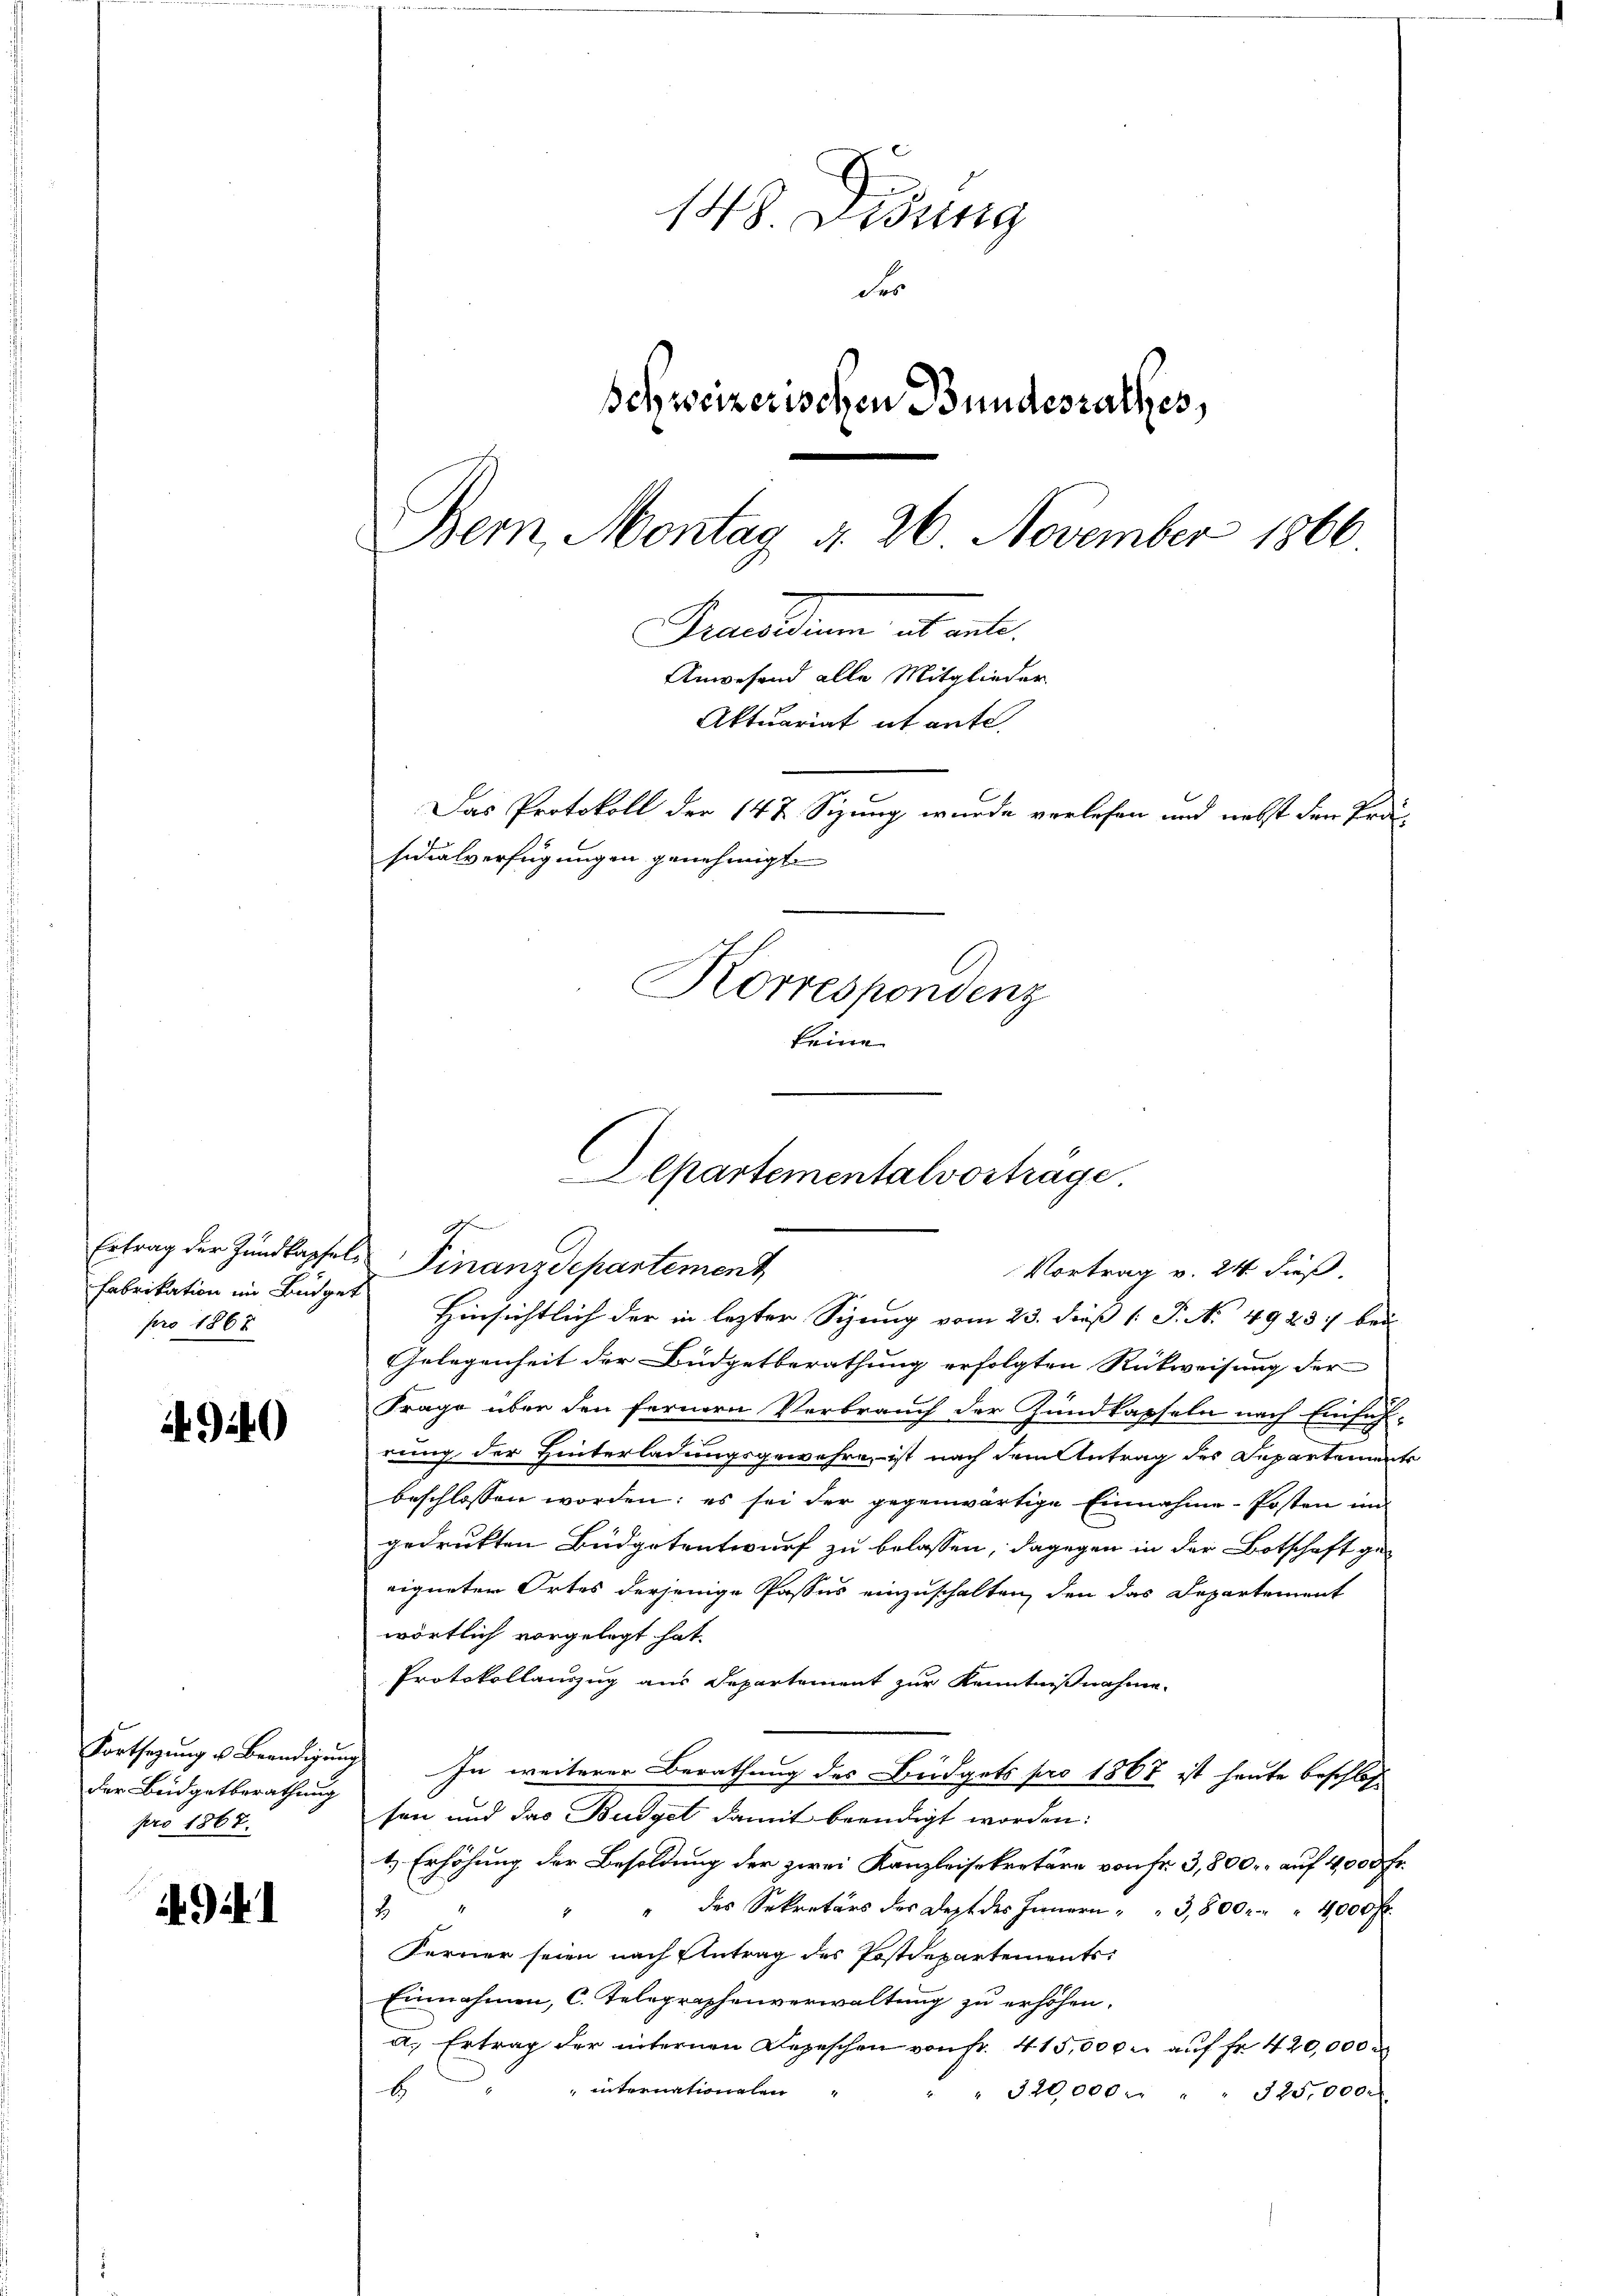
Fabrikation im Büdget
pro 1868

4920

der Budgetberathung
pro 1867.

) ihr

148. Didung
Fro
Schweizerischen Bundesrathes,
Bern, Montag d. 26. November 1866.
Grunden et al
Anwesend alle Mitglieder
Aktuariat et ante.
Das Protokoll der 147 Sizung wurde verlesen und nebst den Prä-
sidialverfügungen genehmigt.
Korrespondenz

f
Ertrag der Zundkapsele Finanzdepartement

Vortrag v. 24. dieß,
Hinsichtlich der in lezter Sizung vom 23. dieß P. N. 49237 bei
Gelegenheit der Büdgetberathung erfolgten Rückweisung der
Frage über den fernern Verbrauch der Zundkapseln nach Einsich-
rung der Hinterladungsgewahre, ist nach dem Antrag des Departements
beschlossen worden; es sei der gegenwärtige Einnahme - Posten im
gedrukten Budgetentwurf zu belassen, dagegen in der Botschaft ge-
eigneten Ortes derjenige Passus einzuschalten, den das Departement
wörtlich vorgelegt hat.
Protokollauszug aus Departement zur Kenntnißnahme
Fortsezung u Beendigung. In weiterer Berathung des Büdgets pro 1867 ist heute beschloss
sen und das Budget damit beendigt worden:
1.) Erhöhung der Besoldung der zwei Kanzleisekretäre von fr. 3,800, auf 4,000 Fr.
" des Sekretärs des Dept des Innern " " 3,800 " 4000 fr.
2
Ferner seien nach Antrag des Postdepartements
Einnahmen, C. Telegraphenverwaltung zu erhöhen.
a. Ertrag der internen Depeschen von fr. 415,000. aŭf fr. 420,000
 internationalen
b
" 320,000 " " 325,000.

Alpartementalvorträge.